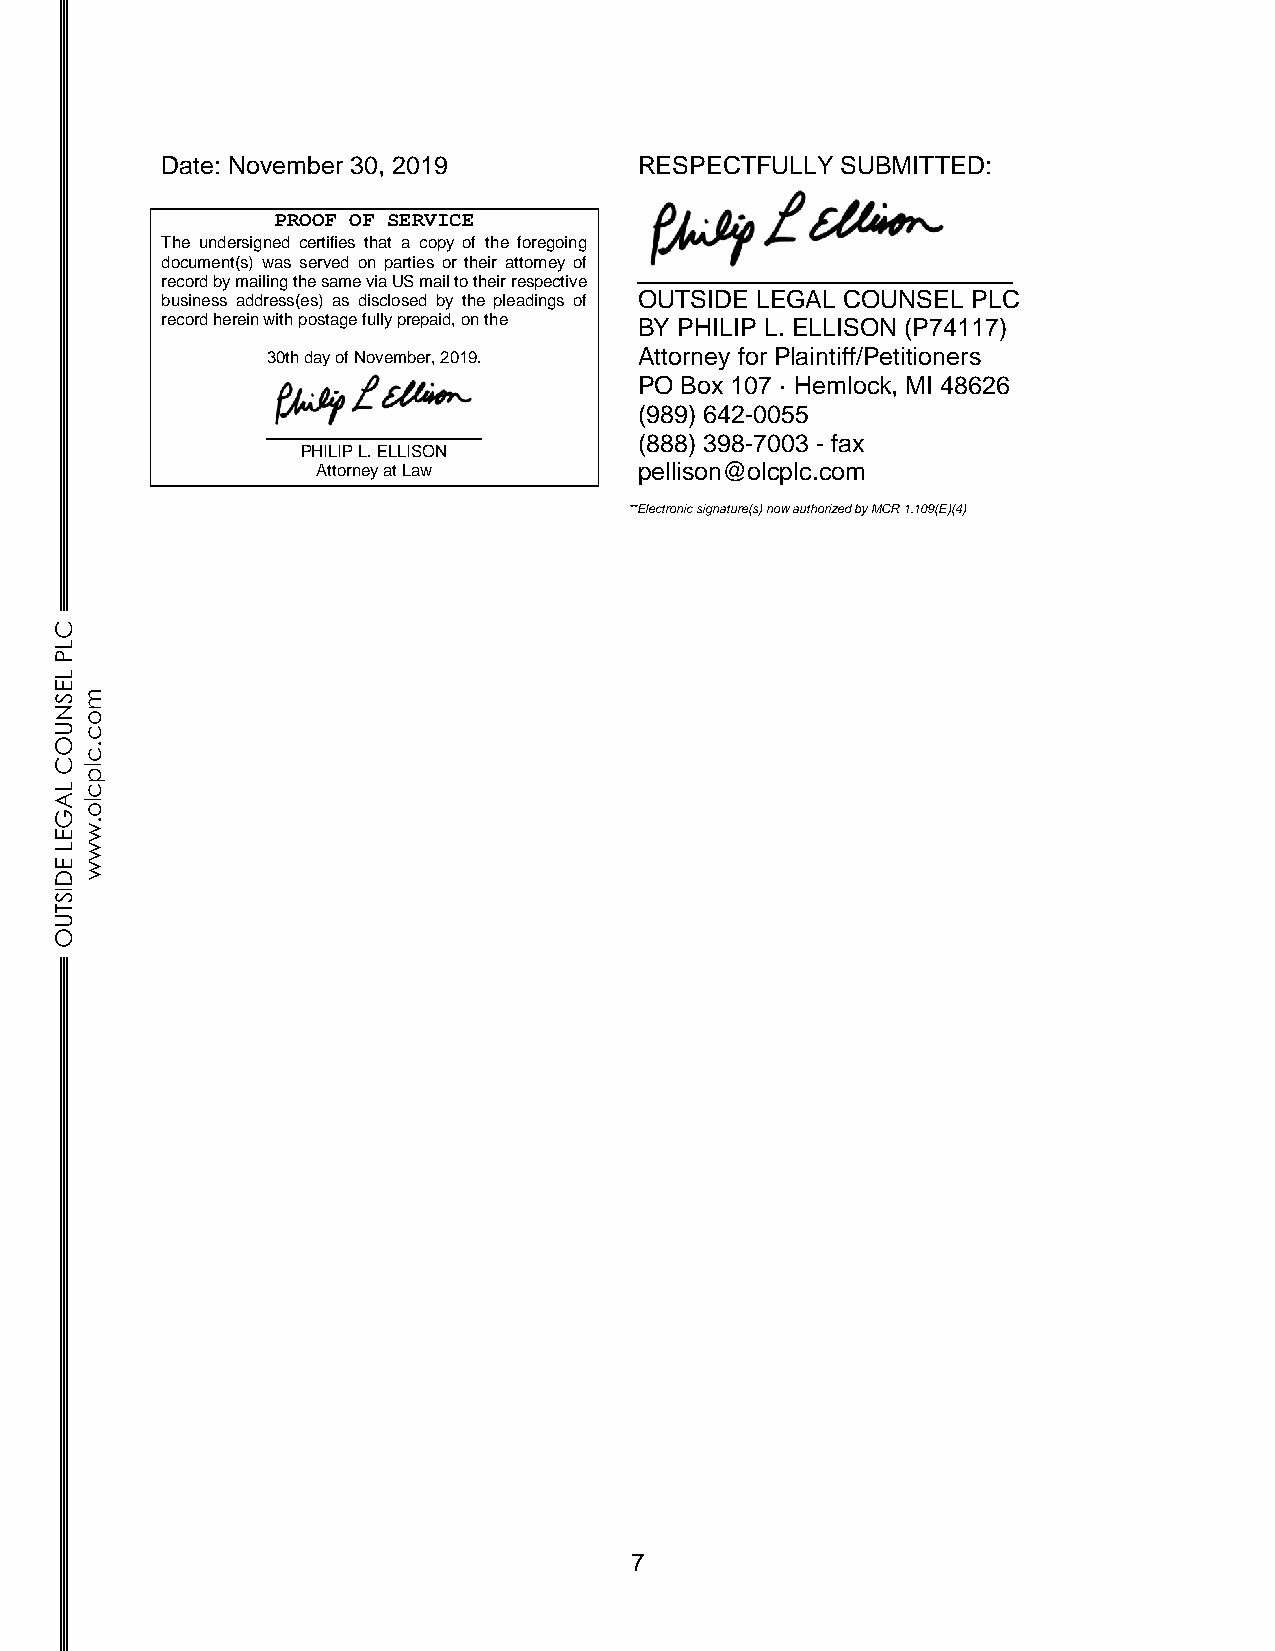
Date: November 30, 2019        RESPECTFULLY  SUBMITTED:
 PROOF OF SERVICE
 The undersigned certifies that a copy of the foregoing
 document(s) was served on parties or their attorney of
 record by mailing the same via US mail to their respective
 business address(es) as disclosed by the pleadings of OUTSIDE LEGAL COUNSEL PLC
 record herein with postage fully prepaid, on the BY PHILIP L. ELLISON (P74117)
 30th day of November, 2019. Attorney for Plaintiff/Petitioners
 PO Box 107 · Hemlock, MI 48626
 (989) 642-0055
 (888) 398-7003 - fax
 PHILIP L. ELLISON
 Attorney at Law      pellison@olcplc.com
 **Electronic signature(s) now authorized by MCR 1.109(E)(4)
 C
 L
 P
 L
 E
 Sm
 N
 o
 Uc
 O.
 c
 Clp
 Lc
 Alo
 G
 .
 Ew
 Lw
 Ew
 D
 IS
 T
 U
 O
 7